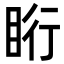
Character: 䀪